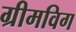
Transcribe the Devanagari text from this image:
ग्रीमविग